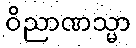
ဝိညာဏသ္မာ